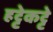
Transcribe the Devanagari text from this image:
हट्टेकट्टे